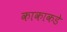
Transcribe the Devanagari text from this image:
काकाकडे